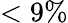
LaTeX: <9\%